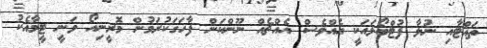
ތައްޓާއި ނުލާ ފުޓްބޯޅައަކީ އެއްވެސް އެއްޗެއް ނޫންކަން ފާހަގަކުރަމުން މޮރީނިއޯ ވަނީ ޓީމާއެކު